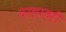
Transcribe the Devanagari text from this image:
परशरामी